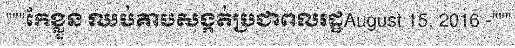
"""កែខ្លួន ឈប់គាបសង្កត់ប្រជាពលរដ្ឋAugust 15, 2016 -"""